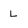
Character: L